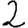
Digit: 2